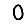
Digit: 0